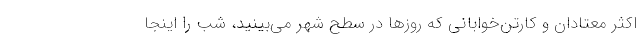
اکثر معتادان و کارتن‌خوابانی که روزها در سطح شهر می‌بینید، شب را اینجا